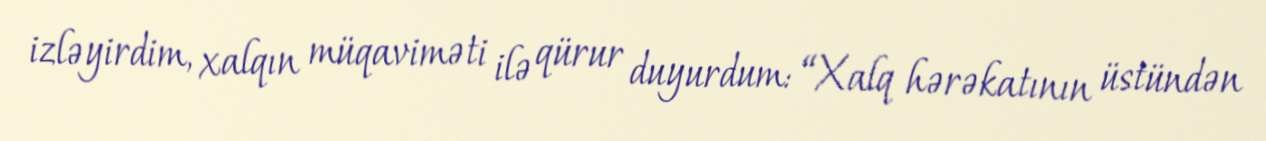
izləyirdim, xalqın müqaviməti ilə qürur duyurdum: “Xalq hərəkatının üstündən